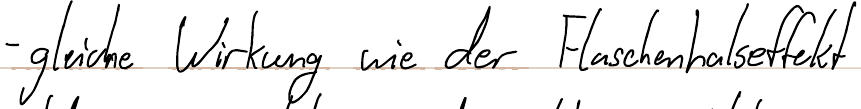
- gleiche Wirkung wie der Flaschenhalseffekt